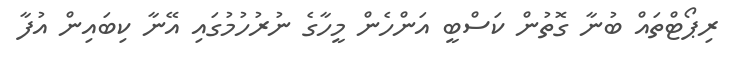
ރިޕޯޓްތައް ބުނާ ގޮތުން ކަސްބީ އަންހެން މީހާގެ ނުރުހުމުގައި އޭނާ ކިބައިން އުފާ